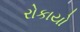
રોકાયો